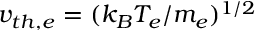
v _ { t h , e } = ( k _ { B } T _ { e } / m _ { e } ) ^ { 1 / 2 }